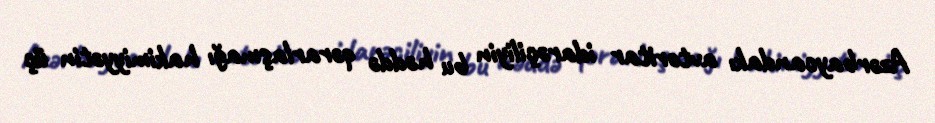
Azərbaycandakı avtoritar idarəçiliyin bu həddə qərarlaşmağı hakimiyyətin üç